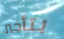
بتأجير